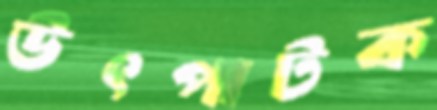
উৎপাটক